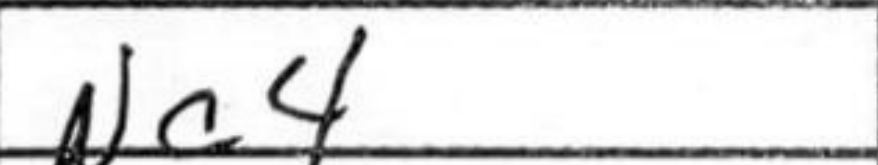
Transcription: Nc4